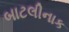
બાટલીનાક